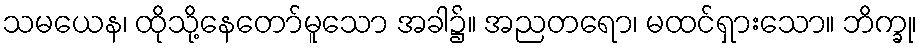
သမယေန၊ ထိုသို့နေတော်မူသော အခါ၌။ အညတရော၊ မထင်ရှားသော။ ဘိက္ခု၊